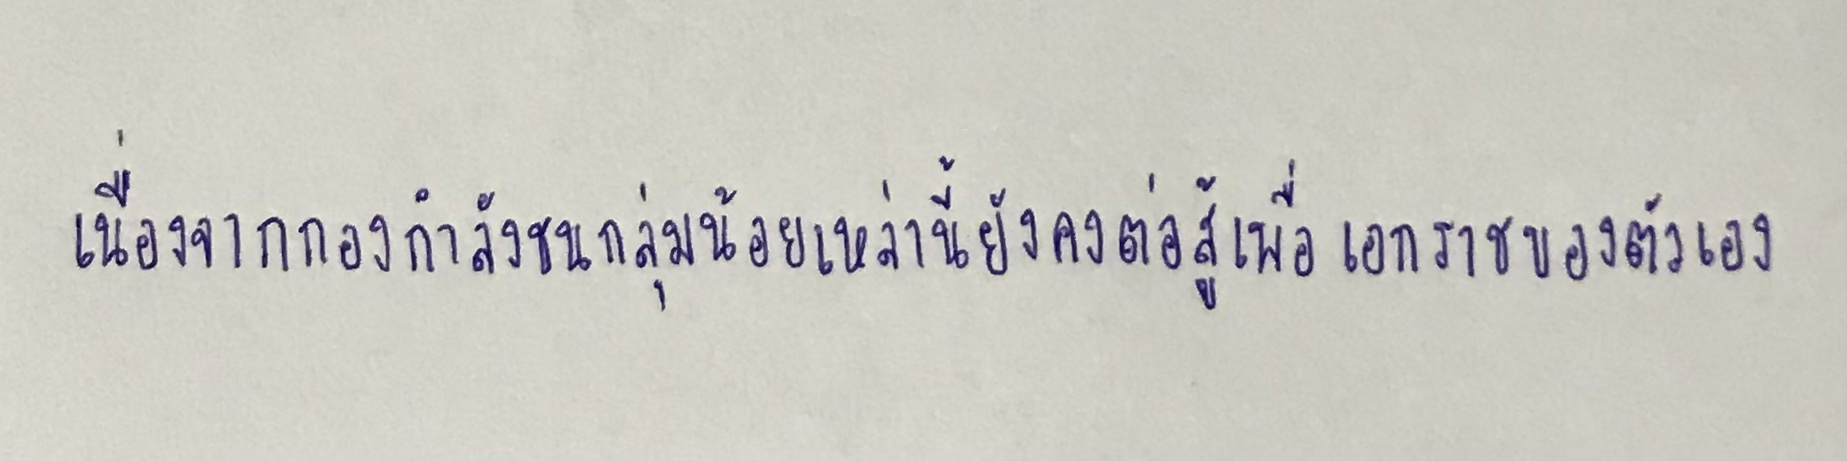
เนื่องจากกองกำลังชนกลุ่มน้อยเหล่านี้ยังคงต่อสู้เพื่อเอกราชของตัวเอง